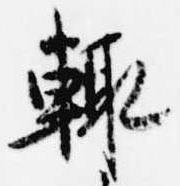
輙